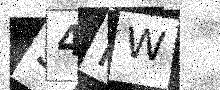
Text: 54IW